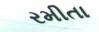
રમીતા